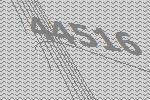
44516